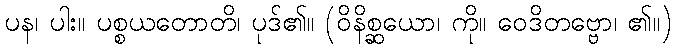
ပန၊ ပါး။ ပစ္စယတောတိ၊ ပုဒ်၏။ (ဝိနိစ္ဆယော၊ ကို။ ဝေဒိတဗ္ဗော၊ ၏။)